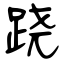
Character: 跷